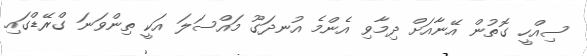
ސިއްހީ ގޮތުން އޭނާއަށް ދިމާވި އެންމެ އުނދަގޫ މައްސަލަ އަކީ ތިންވަނަ ގްރޭޑްގައި